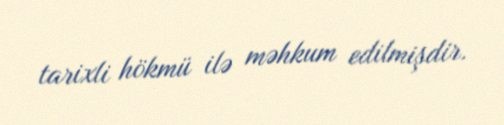
tarixli hökmü ilə məhkum edilmişdir.